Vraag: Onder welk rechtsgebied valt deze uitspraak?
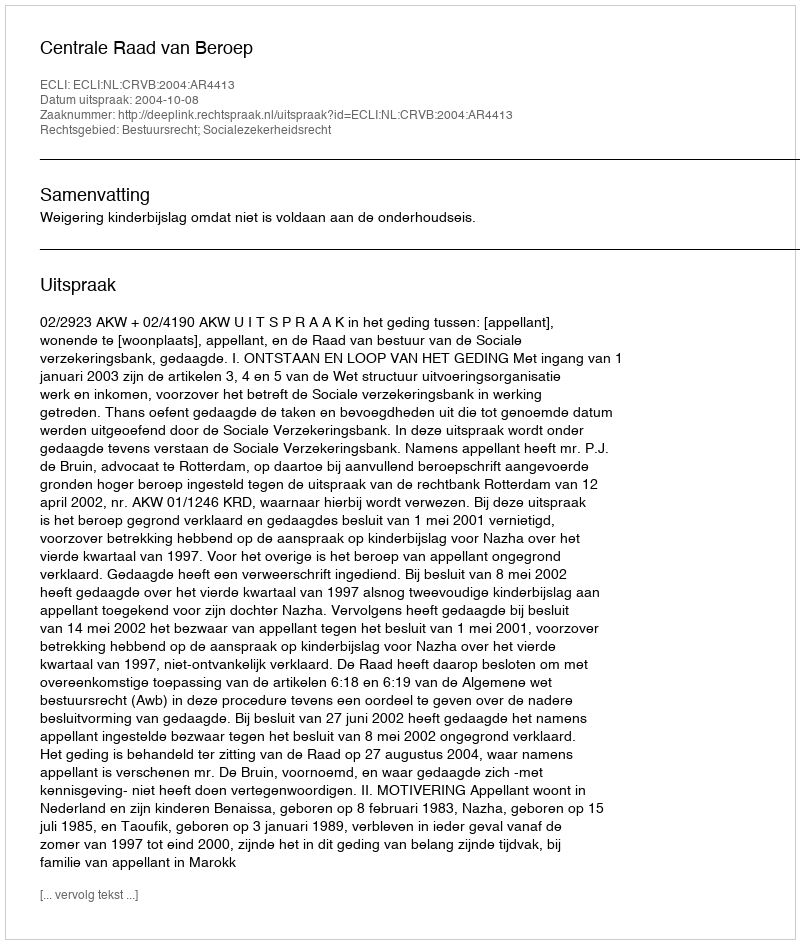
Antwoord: Bestuursrecht; Socialezekerheidsrecht